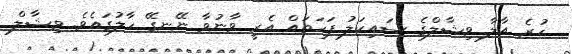
ހުރެ އާާލާ ވިޝާލްގެ ސައިކަލު ފަހަތައް އެެރީ ވާނުވާ ނޭނގޭ ހާލުގައެވެ. ވިޝާލް